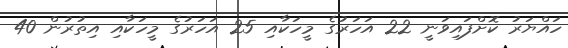
ހައްޔަރު ކޮށްފައިވަނީ 22 އަހަރުގެ މީހަކާއި 25 އަހަރުގެ މީހަކާއި އިތުރުން 40